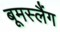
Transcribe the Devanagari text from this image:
बूमस्लैंग